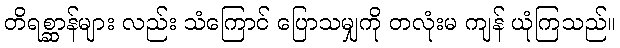
တိရစ္ဆာန်များ လည်း သံကြောင် ပြောသမျှကို တလုံးမ ကျန် ယုံကြသည်။